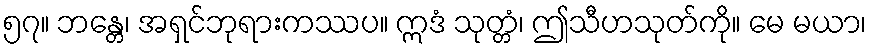
၅၇။ ဘန္တေ၊ အရှင်ဘုရားကဿပ။ ဣဒံ သုတ္တံ၊ ဤသီဟသုတ်ကို။ မေ မယာ၊